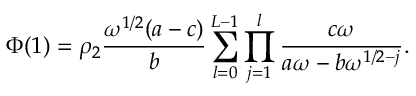
\Phi ( 1 ) = \rho _ { 2 } \frac { \omega ^ { 1 / 2 } ( a - c ) } { b } \sum _ { l = 0 } ^ { L - 1 } \prod _ { j = 1 } ^ { l } \frac { c \omega } { a \omega - b \omega ^ { 1 / 2 - j } } .